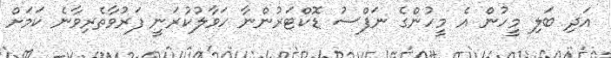
އަދި ބަލި މީހުން އެ މީހުންގެ ނަފްސު ޑޮކްޓަރުންނާ ހަވާލުކުރަނީ ފަރުވާތެރިވާނެ ކަމަށް